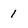
Character: 1